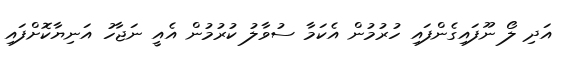
އަދި ލޯ ނޫފައިގެންފައި ހުރުމުން އެކަމާ ސުވާލު ކުރުމުން އެއީ ނަޖާހު އަނިޔާކޮށްފައި